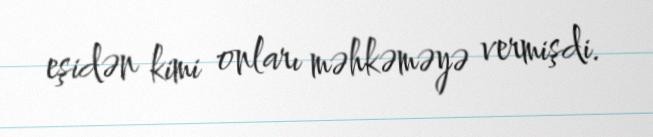
eşidən kimi onları məhkəməyə vermişdi.